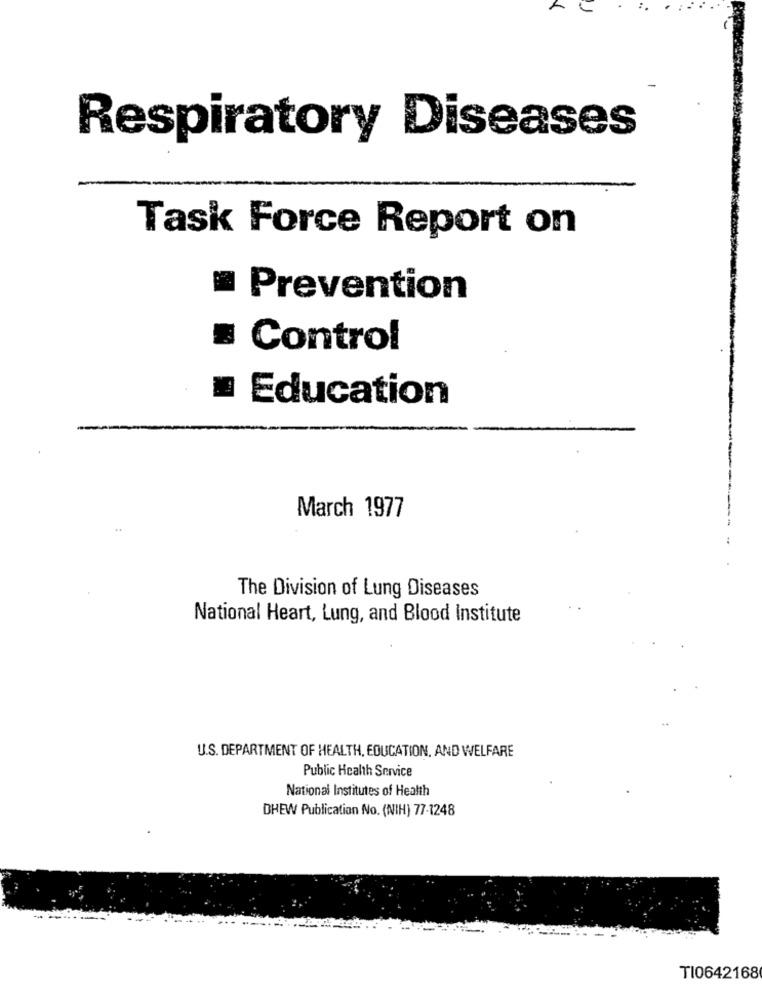
Respiratory Diseases
Task Force Report on
Prevention
= Control
= Education
March 1977
The Division of Lung Diseases
National Heart, Lung, and Blood Institute
U.S. DEPARTMENT OF HEALTH, EDUCATION, AND WELFARE
Public Health Service
National Institutes of Health
DHEW Publication No. (NIH) 77-1248
TI0642168